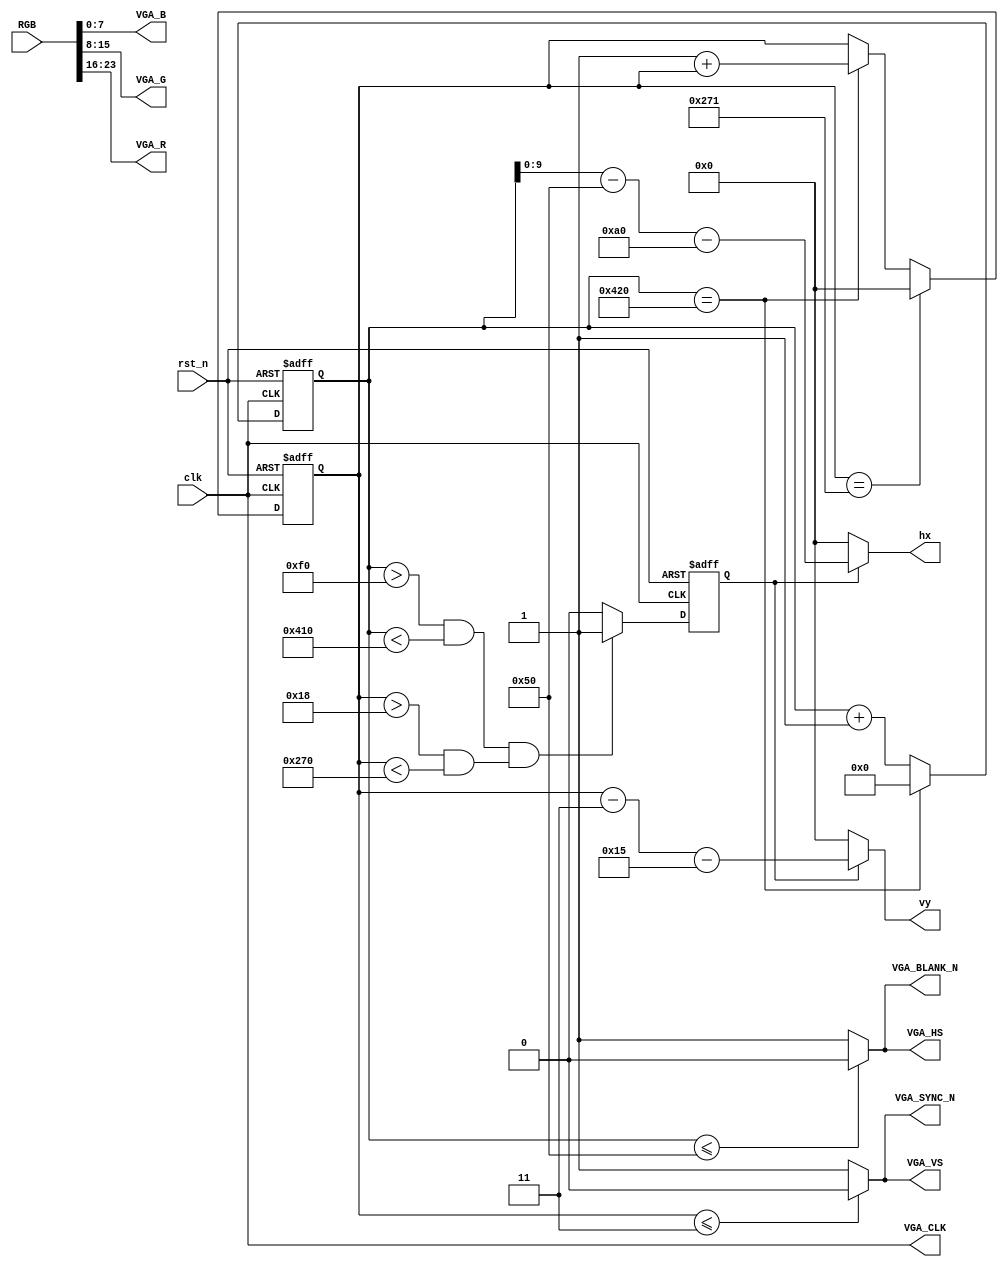

module vgadrive(
                 clk, rst_n,
                 RGB, VGA_B, 
					  VGA_BLANK_N, VGA_CLK, 
					  VGA_G, VGA_HS,
					  VGA_R,VGA_SYNC_N, 
					  VGA_VS, 
					  hx, vy
					  );
   input   clk, rst_n;
	input   [23:0]  RGB;
   output  [7:0]	VGA_B;
	output  VGA_BLANK_N;
	output  VGA_CLK;
	output  [7:0]	VGA_G;
	output  VGA_HS;
	output  [7:0]  VGA_R;
	output  VGA_SYNC_N;
	output  VGA_VS;
	output [9:0] hx, vy;



parameter HEND = 11'd1056;
parameter HA=11'd80,HB=11'd160,HC=11'd800,HD=11'd16; 
parameter VEND =11'd625;
parameter VO=11'd3,VP=11'd21,VQ=11'd600,VR=11'd1;





reg [10:0] hscount;
always @(posedge clk or negedge rst_n)
begin 
  if(!rst_n)
    hscount <= 1'b0;
  else if (hscount ==HEND)
    hscount <=1'b0;
  else 
    hscount <=hscount+1'b1;
end

reg [9:0] vscount;
always @(posedge clk or negedge rst_n)
 if(!rst_n)
  vscount <=1'b0;
 else if(vscount == VEND)
   vscount <=1'b0;
 else if(hscount ==HEND)
   vscount <=1'b1+vscount;
wire hs,vs;   
assign hs =(hscount <= HA)? 1'b0 : 1'b1;
assign vs =(vscount <= VO)? 1'b0 : 1'b1;

reg isok;
always @(posedge clk or negedge rst_n)
 begin
  if(!rst_n)
    isok<=1'b0;
  else if((hscount > HA+HB && hscount <HA+HB+HC)&&(vscount > VO + VP && vscount <VO+VP+VQ))
    isok<=1'b1;
  else 
    isok<=1'b0;
 end 
 

wire [10:0] x,y;
assign x = isok ? hscount-HA-HB : 1'b0;

assign y = isok ? vscount-VO-VP : 1'b0;
assign hx = x[9:0];
assign vy = y[9:0];

assign  VGA_BLANK_N	=	hs;
assign  VGA_SYNC_N	=	vs;
assign  VGA_CLK		=	clk;
assign  VGA_VS			=	vs;
assign  VGA_HS			=	hs;

assign VGA_R = RGB[23:16];			 
assign VGA_G = RGB[15:8];
assign VGA_B = RGB[7:0]; 
endmodule